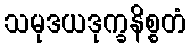
သမုဒယဒုက္ခနိစ္စတံ